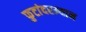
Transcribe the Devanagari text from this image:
फुटांदरम्यान